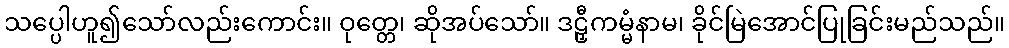
သပ္ပေါဟူ၍သော်လည်းကောင်း။ ဝုတ္တေ၊ ဆိုအပ်သော်။ ဒဠှီကမ္မံနာမ၊ ခိုင်မြဲအောင်ပြုခြင်းမည်သည်။